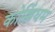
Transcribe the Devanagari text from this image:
कोल्लिंघम